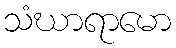
သံဃာရာမော